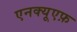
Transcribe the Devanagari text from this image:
एनक्यूएफ़